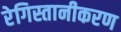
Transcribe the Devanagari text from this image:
रेगिस्तानीकरण